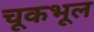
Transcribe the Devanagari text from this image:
चूकभूल